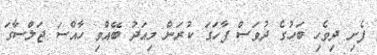
ފެށި ދިވެހި ބަހުގެ ދުވަސް ފާހަގަ ކުރަން މިއަދު ބޭއްވި ހާއްސަ ޖަލްސާގަ